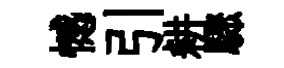
憾引耕驟